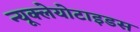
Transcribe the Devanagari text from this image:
न्यूक्लेयोटाइडस